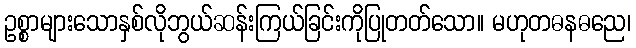
ဥစ္စာများသောနှစ်လိုဘွယ်ဆန်းကြယ်ခြင်းကိုပြုတတ်သော။ မဟုတဓနဓညေ၊